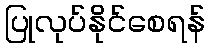
ပြုလုပ်နိုင်စေရန်